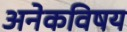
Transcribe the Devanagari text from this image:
अनेकविषय